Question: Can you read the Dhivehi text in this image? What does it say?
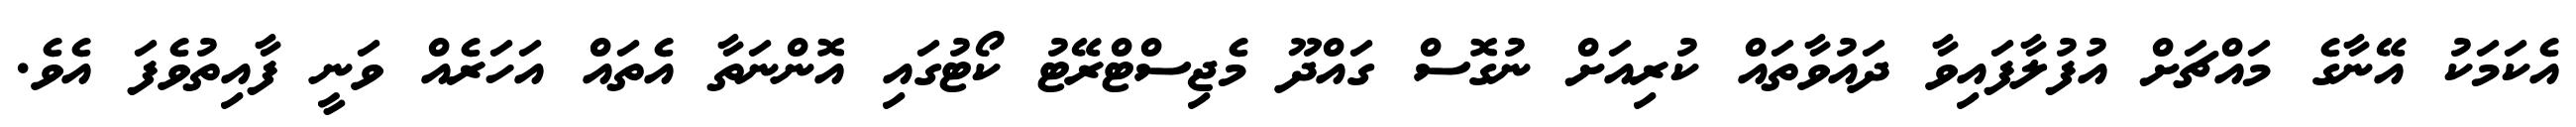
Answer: އެކަމަކު އޭނާގެ މައްޗަށް އުފުލާފައިވާ ދައުވާތައް ކުރިއަށް ނުގޮސް ގައްދޫ މެޖިސްޓްރޭޓު ކޯޓުގައި އޮންނަތާ އެތައް އަހަރެއް ވަނީ ފާއިތުވެފަ އެވެ.